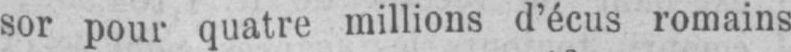
sor pour quatre millions d’écus romains